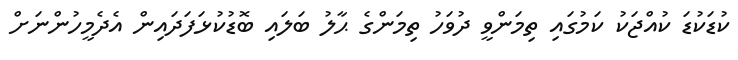
ކުޑަކުޑަ ކުއްޖަކު ކަމުގައި ތިމަންވީ ދުވަހު ތިމަންގެ ޙާލު ބަލައި ބޮޑުކުޅަފަދައިން އެދެމީހުންނަށް